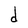
Character: d